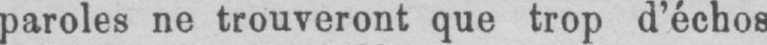
paroles ne trouveront que trop d’échos